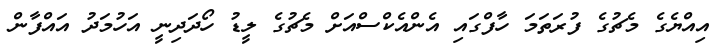
އިއްޔެގެ މެޗުގެ ފުރަތަމަ ހާފްގައި އެންއެކްސްއަށް މެޗުގެ ލީޑު ހޯދަދިނީ އަހުމަދު އައްފާން